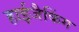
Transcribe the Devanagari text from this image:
हाईजैकिंग